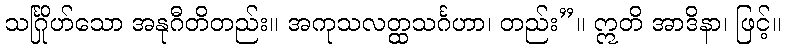
သင်္ဂြိုဟ်သော အနုဂီတိတည်း။ အကုသလတ္ထသင်္ဂဟာ၊ တည်း”။ ဣတိ အာဒိနာ၊ ဖြင့်။